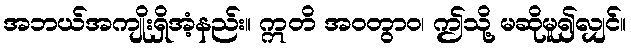
အဘယ်အကျိုးရှိအံ့နည်း။ ဣတိ အဝတွာဝ၊ ဤသို့ မဆိုမူ၍လျှင်။